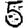
Digit: 5